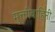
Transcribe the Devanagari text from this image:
मुक्तीबाहिनी